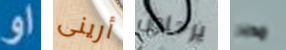
او أرينى يرحلون مدبر